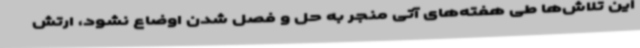
این تلاش‌ها طی هفته‌های آتی منجر به حل و فصل شدن اوضاع نشود، ارتش